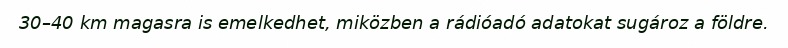
30–40 km magasra is emelkedhet, miközben a rádióadó adatokat sugároz a földre.